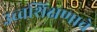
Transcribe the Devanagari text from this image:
उच्चशिक्षणाचे